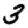
Digit: 3